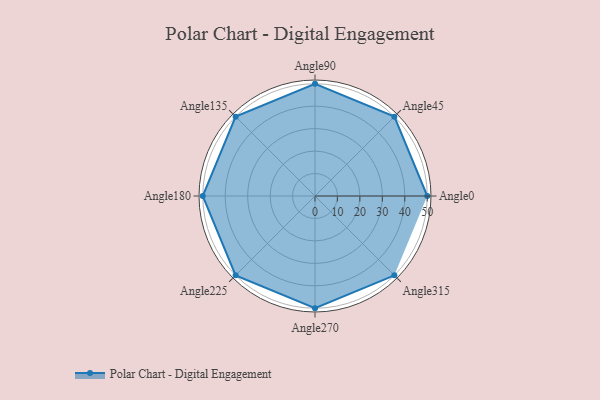
{"axis": {"x": "Angle", "y": "Radius"}, "legend": [""], "data": [{"x": "Angle0", "y": 50, "type": ""}, {"x": "Angle45", "y": 50, "type": ""}, {"x": "Angle90", "y": 50, "type": ""}, {"x": "Angle135", "y": 50, "type": ""}, {"x": "Angle180", "y": 50, "type": ""}, {"x": "Angle225", "y": 50, "type": ""}, {"x": "Angle270", "y": 50, "type": ""}, {"x": "Angle315", "y": 50, "type": ""}]}